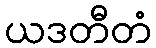
ယဒတီတံ